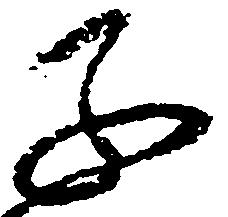
子